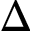
\Delta